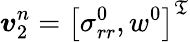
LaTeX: \boldsymbol{v}_{2}^{n}=\left[\sigma_{rr}^{0},w^{0}\right]^{\mathfrak{T}}